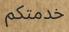
خدمتكم